Report of the Indian Hemp Drugs Commission, 1894-1895 - Volume VII
Year: 1894
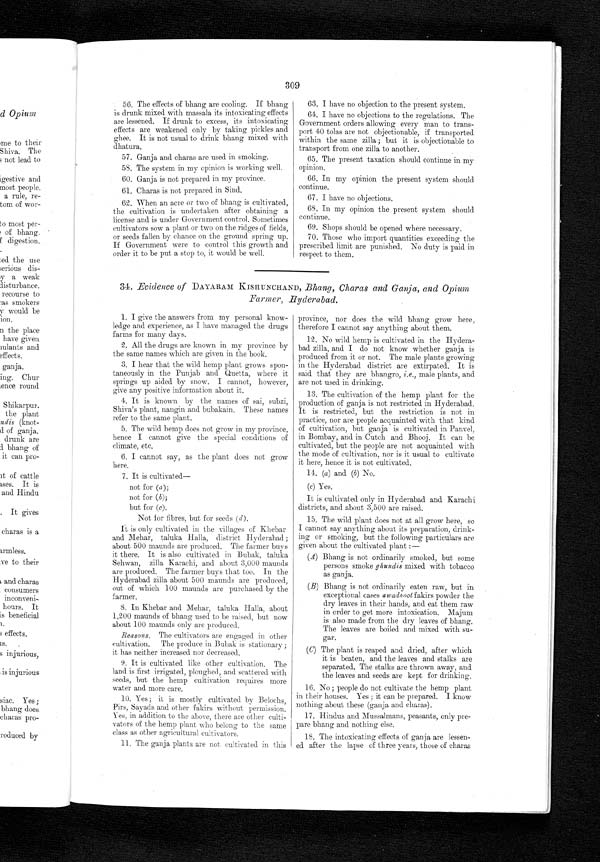
309
56. The effects of bhang are cooling. If bhang
is drunk mixed with massala its intoxicating effects
are lessened. If drunk to excess, its intoxicating
effects are weakened only by taking pickles and
ghee. It is not usual to drink bhang mixed with
dhatura.
57. Ganja and charas are used in smoking.
58. The system in my opinion is working well.
60. Ganja is not prepared in my province.
61. Charas is not prepared in Sind.
62. When an acre or two of bhang is cultivated,
the cultivation is undertaken after obtaining a
license and is under Government control. Sometimes
cultivators sow a plant or two on the ridges of fields,
or seeds fallen by chance on the ground spring up.
If Government were to control this growth and
order it to be put a stop to, it would be well.
63. I have no objection to the present system.
64. I have no objections to the regulations. The
Government orders allowing every man to trans-
port 40 tolas are not objectionable, if transported
within the same zilla ; but it is objectionable to
transport from one zilla, to another.
65. The present taxation should continue in my
opinion.
66. In my opinion the present system should
continue.
67. I have no objections.
68. In my opinion the present system should
continue.
69. Shops should be opened where necessary.
70. Those who import quantities exceeding the
prescribed limit are punished. No duty is paid in
respect to them.
34. Evidence of DAYARAM KISHUNCHAND, Bhang, Charas and Ganja, and Opium
Farmer, .Hyderabad.
1. I give the answers from my personal know-
ledge and experience, as I have managed the drugs
farms for many days.
2. All the drugs are known in my province by
the same names which are given in the book.
3. I hear that the wild hemp plant grows spon-
taneously in the Punjab and Quetta, where it
springs up aided by snow. I cannot, however,
give any positive information about it.
4. It is known by the names of sai, subzi,
Shiva's plant, nangin and bubakain. These names
refer to the same plant.
5. The wild hemp does not grow in my province,
hence I cannot give the special conditions of
climate, etc.
6. I cannot say, as the plant does not grow
here.
7. It is cultivated-
-
not for ( a );
not for (b);
but for (c).
Not for fibres, but for seeds ( d ).
It is only cultivated in the villages of Khebar
and Mehar, taluka Halla, district Hyderabad ;
about 500 maunds are produced. The farmer buys
it there. It is also cultivated in Bubak, taluka
Sehwan, zilla Karachi, and about 3,000 maunds
are produced. The farmer buys that too. In the
Hyderabad zilla about 500 maunds are produced,
out of which 100 maunds are purchased by the
farmer.
8. In Khebar and Mehar, taluka Halla, about
1,200 maunds of bhang used to be raised, but now
about 100 maunds only are produced.
Reasons . The cultivators are engaged in other
cultivation. The produce in Bubak is stationary ;
it has neither increased nor decreased.
9. It is cultivated like other cultivation. The
land is first irrigated, ploughed, and scattered with
seeds, but the hemp cultivation requires more
water and more care.
10. Yes ; it is mostly cultivated by Belochs,
Pirs, Sayads and other fakirs without permission.
Yes, in addition to the above, there are other culti-
vators of the hemp plant who belong to the same
class as other agricultural cultivators.
11. The ganja plants are not cultivated in this
province, nor does the wild bhang grow here,
therefore I cannot say anything about them.
12. No wild hemp is cultivated in the Hydera-
bad zilla, and I do not know whether ganja is
produced from it or not. The male plants growing
in the Hyderabad district are extirpated. It is
said that they are bhangro,i . e . ,
m a l e p l a n t s , a n d
are not used in drinking.
13. The cultivation of the hemp plant for the
production of ganja is not restricted in Hyderabad.
It is restricted, but the restriction is not in
practice, nor are people acquainted with that kind
of cultivation, but ganja is cultivated in Panvel,
in Bombay, and in Cutch and Bhooj. It can be
cultivated, but the people are not acquainted with
the mode of cultivation, nor is it usual to cultivate
it here, hence it is not cultivated.
14. (a) and (b) No.
(c) Yes.
It is cultivated only in Hyderabad and Karachi
districts, and about 3,500 are raised.
15. The wild plant does not at all grow here, so
I cannot say anything about its preparation, drink-
ing or smoking, but the following particulars are
given about the cultivated plant : - -
(A)Bhang is not ordinarily smoked, but some
persons smoke ghundis mixed with tobacco
as ganja.
(B)Bhang is not ordinarily eaten raw, but in
exceptional cases awadhoot fakirs powder the
dry leaves in their hands, and eat them raw
in order to get more intoxication. Majum
is also made from the dry leaves of bhang.
The leaves are boiled and mixed with su-
gar.
(C)The plant is reaped and dried, after which
it is beaten, and the leaves and stalks are
separated. The stalks are thrown away, and
the leaves and seeds are kept for drinking.
16. No ; people do not cultivate the hemp plant
in their houses. Yes ; it can be prepared. I know
nothing about these (ganja and charas).
17. Hindus and Mussalmans, peasants, only pre-
pare bhang and nothing else.
18. The intoxicating effects of ganja are lessen-
ed after the lapse of three years, those of charas